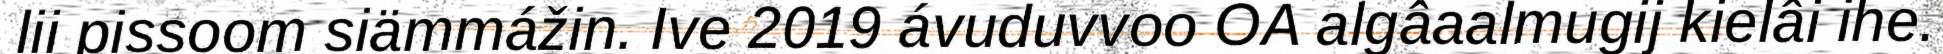
lii pissoom siämmážin. Ive 2019 ávuduvvoo OA algâaalmugij kielâi ihe.